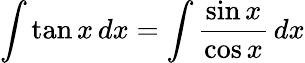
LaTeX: \int\tan x\, dx=\int{\frac{\sin x}{\cos x}}\, dx